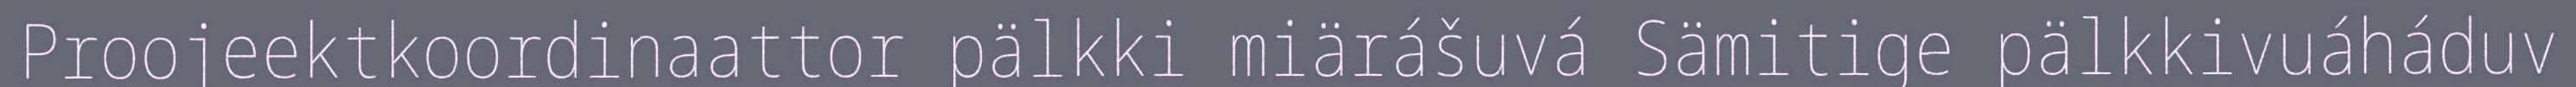
Proojeektkoordinaattor pälkki miärášuvá Sämitige pälkkivuáháduv